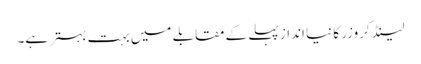
لینڈ کروزر کا نیا انداز پہلے کے مقابلے میں بہت بہتر ہے۔